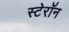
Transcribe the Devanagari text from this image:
स्टेरॉन